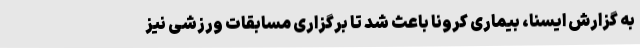
به گزارش ایسنا، بیماری کرونا باعث شد تا برگزاری مسابقات ورزشی نیز